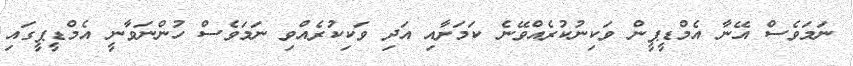
ނަމަވެސް އޭނާ އެމްޑީޕީން ވަކިނުކުރެއްވޭނެ ކަމަށާއި އަދި ވަކިކުރެއްވި ނަމަވެސް ހުންނަވާނީ އެމްޑީޕީގައި